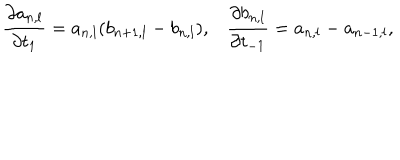
\frac { \partial a _ { n , l } } { \partial t _ { 1 } } = a _ { n , l } ( b _ { n + 1 , l } - b _ { n , l } ) , \frac { \partial b _ { n , l } } { \partial t _ { - 1 } } = a _ { n , l } - a _ { n - 1 , l } ,